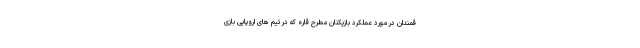
قمندان در مورد عملکرد بازیکنان مطرح قاره که در تیم های اروپایی بازی